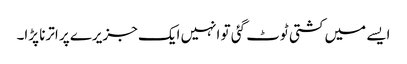
ایسے میں کشتی ٹوٹ گئی تو انہیں ایک جزیرے پر اترنا پڑا۔